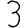
Digit: 3